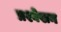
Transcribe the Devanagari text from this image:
प्रश्वेखन